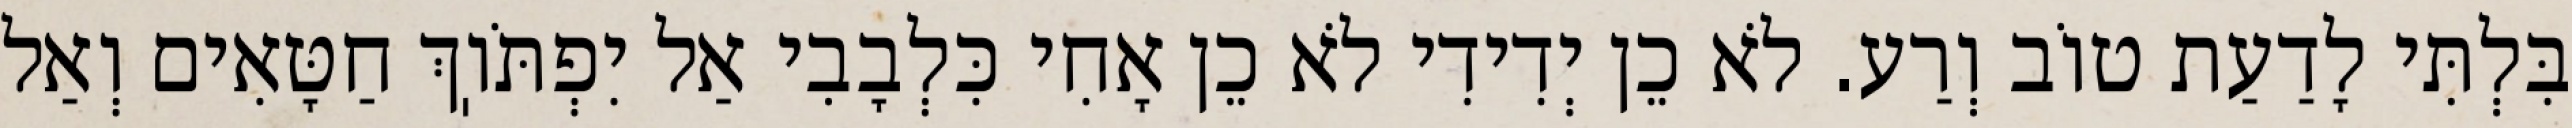
בִּלְתִּי לָדַעַת טוֹב וְרַע. לֹא כֵן יְדִידִי לֹא כֵן אָחִי כִּלְבָבִי אַל יִפְתֹּוֽךְ חַטָּאִים וְאַל